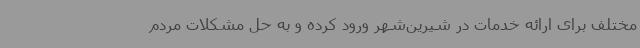
مختلف برای ارائه خدمات در شیرین‌شهر ورود کرده و به حل مشکلات مردم